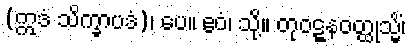
(ဣဒံ သိက္ခာပဒံ)၊ ပေ။ ဧဝံ၊ သို့။ တုဝဋ္ဋနဝတ္ထုသ္မိံ၊